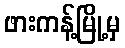
ဖားကန့်မြို့မှ